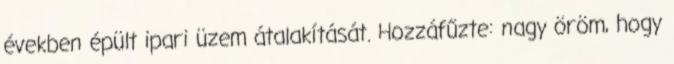
években épült ipari üzem átalakítását. Hozzáfűzte: nagy öröm, hogy